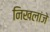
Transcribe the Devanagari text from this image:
निखलांजे